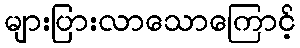
များပြားလာသောကြောင့်